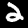
Label: 2